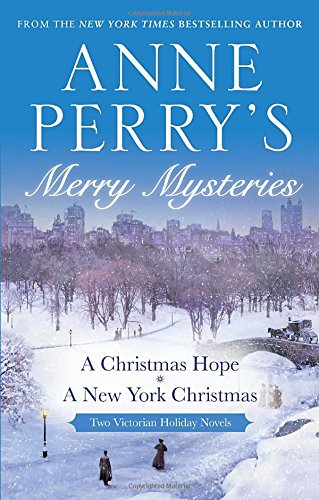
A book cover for Anne Perry's Merry Mysteries: Two Victorian Holiday Novels; Anne Perry; Mystery, Thriller & Suspense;